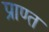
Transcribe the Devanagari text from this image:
प्राण्त